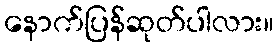
နောက်ပြန်ဆုတ်ပါလား။